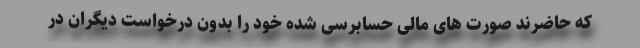
که حاضرند صورت های مالی حسابرسی شده خود را بدون درخواست دیگران در